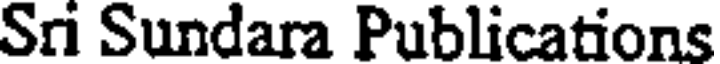
Sri Sundara Publications